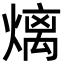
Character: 㷰